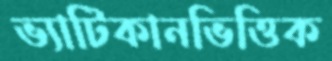
ভ্যাটিকানভিত্তিক